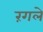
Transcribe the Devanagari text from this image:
रंगले